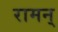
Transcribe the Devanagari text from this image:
रामन्‌